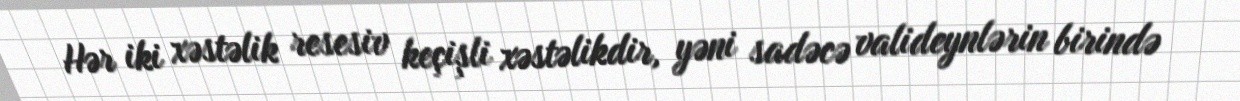
Hər iki xəstəlik resesiv keçişli xəstəlikdir, yəni sadəcə valideynlərin birində